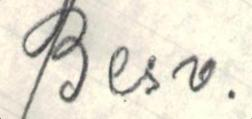
Besv.